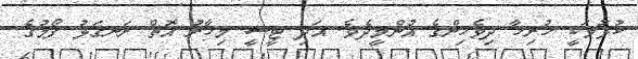
ކުޅުމަކީ ހުރިހާ ދިވެހިންގެ އުންމީދެވެ. އަދި ޓީސީ މިހާރު އޮތް ރަނގަޅު ފޯމުގެ